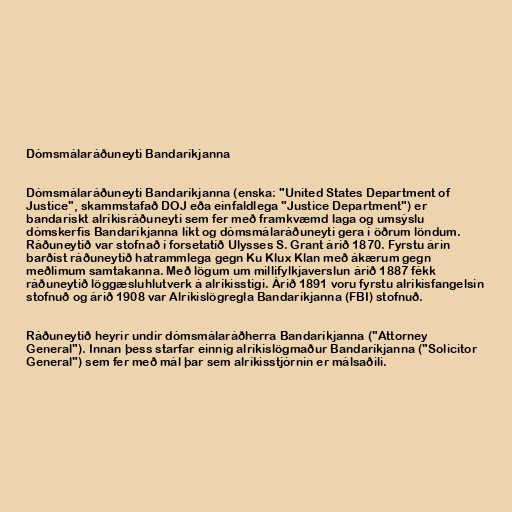
Dómsmálaráðuneyti Bandaríkjanna

Dómsmálaráðuneyti Bandaríkjanna (enska: "United States Department of
Justice", skammstafað DOJ eða einfaldlega "Justice Department") er
bandarískt alríkisráðuneyti sem fer með framkvæmd laga og umsýslu
dómskerfis Bandaríkjanna líkt og dómsmálaráðuneyti gera í öðrum löndum.
Ráðuneytið var stofnað í forsetatíð Ulysses S. Grant árið 1870. Fyrstu árin
barðist ráðuneytið hatrammlega gegn Ku Klux Klan með ákærum gegn
meðlimum samtakanna. Með lögum um millifylkjaverslun árið 1887 fékk
ráðuneytið löggæsluhlutverk á alríkisstigi. Árið 1891 voru fyrstu alríkisfangelsin
stofnuð og árið 1908 var Alríkislögregla Bandaríkjanna (FBI) stofnuð.

Ráðuneytið heyrir undir dómsmálaráðherra Bandaríkjanna ("Attorney
General"). Innan þess starfar einnig alríkislögmaður Bandaríkjanna ("Solicitor
General") sem fer með mál þar sem alríkisstjórnin er málsaðili.